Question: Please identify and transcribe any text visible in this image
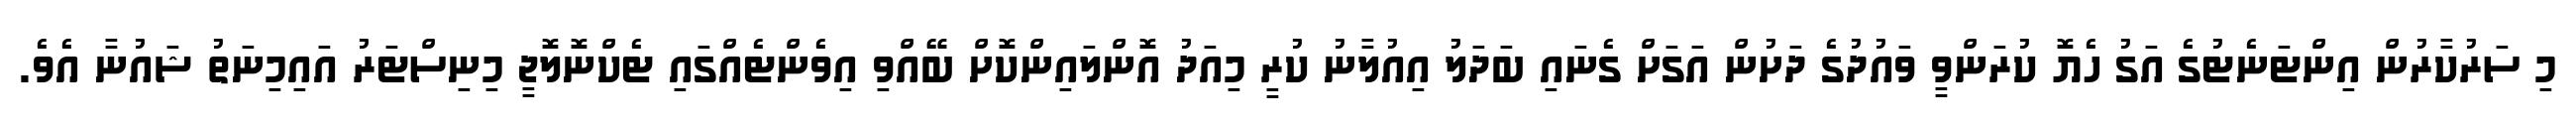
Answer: މި ސަރުކާރުން އިންޓަނެޓުގެ އަގު ހެޔޮ ކުރަންވީ ވައުދުގެ ދަށުން އަގަށް ގެނައި ބަދަލު އިއުލާނު ކުރީ މިއަދު އޮންލައިންކޮށް ބޭއްވި އިވެންޓެއްގައި ޓެކްނޮލޮޖީ މިނިސްޓަރު އައިމިނަތު ޝައުނާ އެވެ.